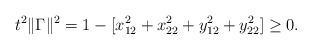
LaTeX: \begin{align*} t^2 \|\Gamma\|^2 = 1- [x_{12}^2 +x_{22}^2 +y_{12}^2 + y_{22}^2] \ge 0.\end{align*}